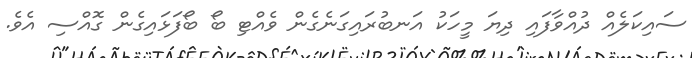
ސައިކަލެއް ދުއްވާފައި ދިޔަ މީހަކު އަނބުރައިގަނެގެން ވެއްޓި ބޯ ބޯފަޅައިގެން ގޮއްސި އެވެ.